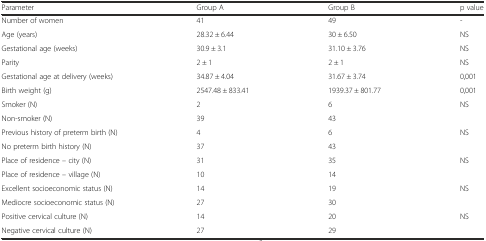
<table><thead><tr><td><b>Parameter</b></td><td><b>Group A</b></td><td><b>Group B</b></td><td><b>p value</b></td></tr></thead><tbody><tr><td>Number of women</td><td>41</td><td>49</td><td>-</td></tr><tr><td>Age (years)</td><td>28.32 ± 6.44</td><td>30 ± 6.50</td><td>NS</td></tr><tr><td>Gestational age (weeks)</td><td>30.9 ± 3.1</td><td>31.10 ± 3.76</td><td>NS</td></tr><tr><td>Parity</td><td>2 ± 1</td><td>2 ± 1</td><td>NS</td></tr><tr><td>Gestational age at delivery (weeks)</td><td>34.87 ± 4.04</td><td>31.67 ± 3.74</td><td>0,001</td></tr><tr><td>Birth weight (g)</td><td>2547.48 ± 833.41</td><td>1939.37 ± 801.77</td><td>0,001</td></tr><tr><td>Smoker (N)</td><td>2</td><td>6</td><td rowspan="2">NS</td></tr><tr><td>Non-smoker (N)</td><td>39</td><td>43</td></tr><tr><td>Previous history of preterm birth (N)</td><td>4</td><td>6</td><td rowspan="2">NS</td></tr><tr><td>No preterm birth history (N)</td><td>37</td><td>43</td></tr><tr><td>Place of residence – city (N)</td><td>31</td><td>35</td><td rowspan="2">NS</td></tr><tr><td>Place of residence – village (N)</td><td>10</td><td>14</td></tr><tr><td>Excellent socioeconomic status (N)</td><td>14</td><td>19</td><td rowspan="2">NS</td></tr><tr><td>Mediocre socioeconomic status (N)</td><td>27</td><td>30</td></tr><tr><td>Positive cervical culture (N)</td><td>14</td><td>20</td><td rowspan="2">NS</td></tr><tr><td>Negative cervical culture (N)</td><td>27</td><td>29</td></tr></tbody></table>